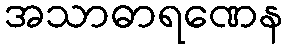
အသာဓာရဏေန